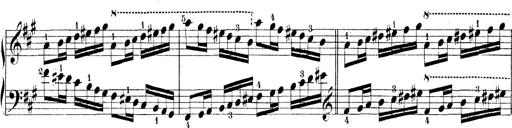
Title: Technische Studien
Composer: Franz Liszt